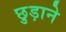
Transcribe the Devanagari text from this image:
छु़ड़ाने